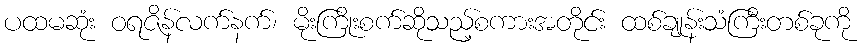
ပထမဆုံး ဝရဇိန်လက်နက်၊ မိုးကြိုးစက်ဆိုသည့်စကားအတိုင်း ထစ်ချုန်းသံကြီးတစ်ခုကို